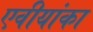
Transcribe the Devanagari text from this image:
एवीयांका